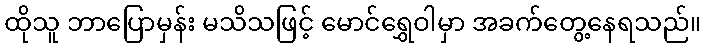
ထိုသူ ဘာပြောမှန်း မသိသဖြင့် မောင်ရွှေဝါမှာ အခက်တွေ့နေရသည်။